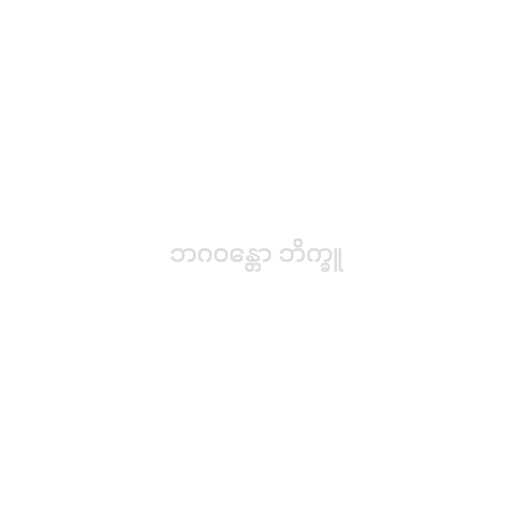
ဘဂဝန္တော ဘိက္ခူ